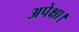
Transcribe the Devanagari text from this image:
अपेक्षा।